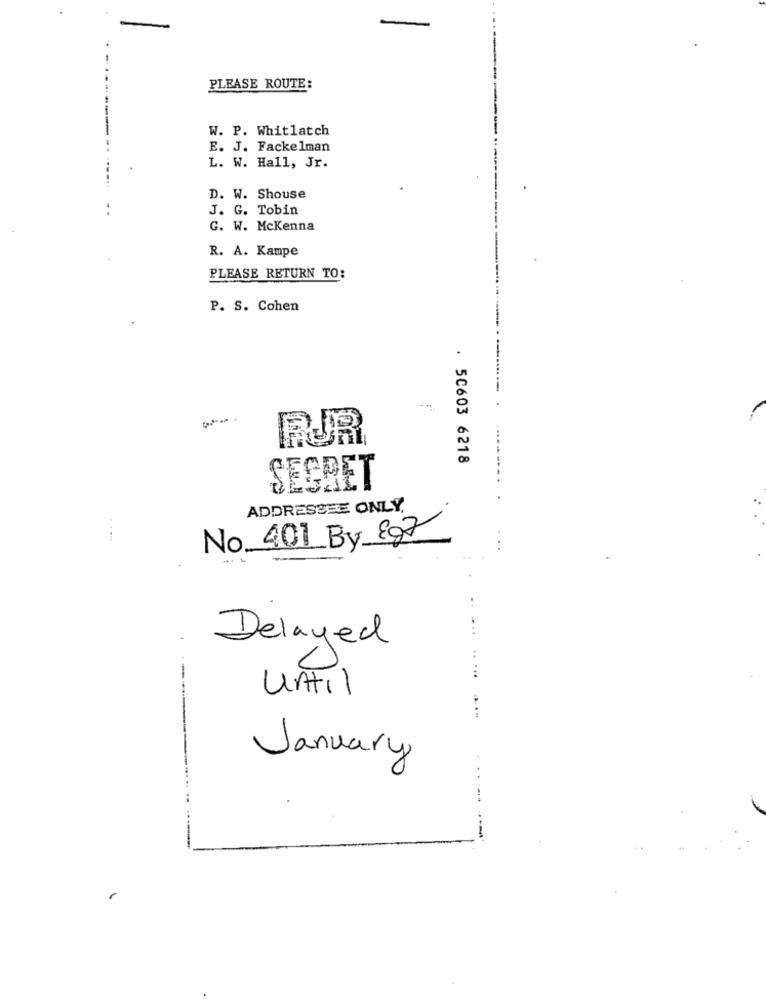
-
PLEASE ROUTE:
W. P. Whitlatch
E. J. Fackelman
L. W. Hall, Jr.
D. W. Shouse
J. G. Tobin
G. W. Mckenna
R. A. Kampe
PLEASE RETURN TO:
P. S. Cohen
RUR
. 50603 6218
SECRET
ELM
ADDRESSEE ONLY.
No 401 By 897
..
Delayed
0
---
until
January